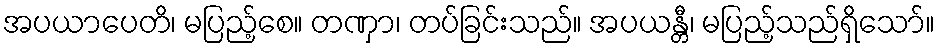
အပယာပေတိ၊ မပြည့်စေ။ တဏှာ၊ တပ်ခြင်းသည်။ အပယန္တီ၊ မပြည့်သည်ရှိသော်။